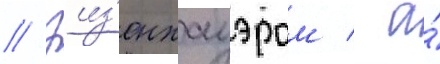
// Эиз'енхауэром / а́